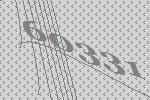
60331